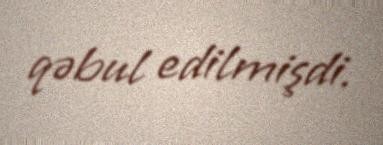
qəbul edilmişdi.